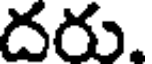
దరు.